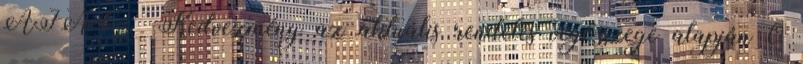
ÁFÁ-t. » Kedvezmény az aktuális rendelés végösszege alapján 0